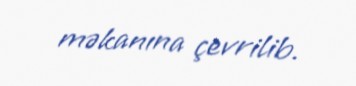
məkanına çevrilib.